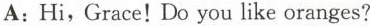
A:Hi,Grace!Do you like oranges?